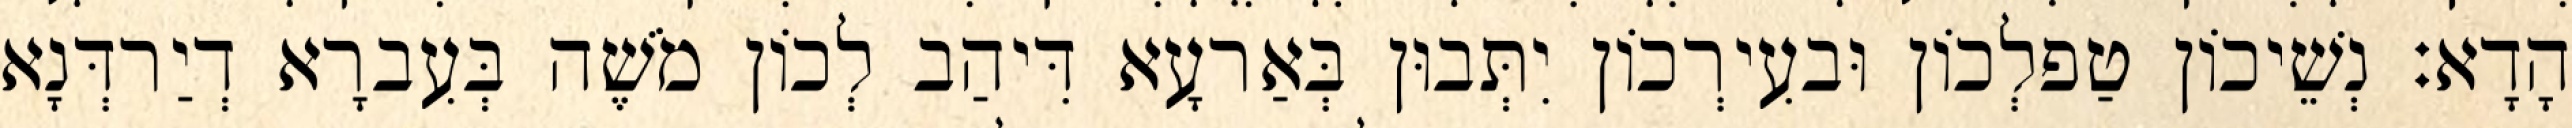
הָדָא׃ נְשֵׁיכוֹן טַפלְכוֹן וּבעִירְכוֹן יִתְּבוּן בְּאַרעָא דִּיהַב לְכוֹן מֹשֶׁה בְּעִברָא דְיַרדְּנָא